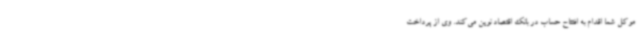
موکل شما اقدام به افتتاح حساب در بانک اقتصاد نوین می‌کند. وی از پرداخت